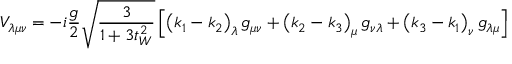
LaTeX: { \cal V } _ { \lambda \mu \nu } = - i \frac { g } { 2 } \sqrt { \frac { 3 } { 1 + 3 t _ { W } ^ { 2 } } } \left[ \left( k _ { 1 } - k _ { 2 } \right) _ { \lambda } g _ { \mu \nu } + \left( k _ { 2 } - k _ { 3 } \right) _ { \mu } g _ { \nu \lambda } + \left( k _ { 3 } - k _ { 1 } \right) _ { \nu } g _ { \lambda \mu } \right]